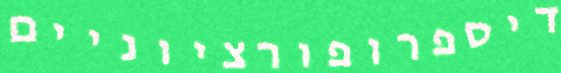
דיספרופורציוניים